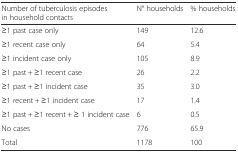
<table><thead><tr><td><b>Number of tuberculosis episodes in household contacts</b></td><td><b>N° households</b></td><td><b>% households</b></td></tr></thead><tbody><tr><td>≥1 past case only</td><td>149</td><td>12.6</td></tr><tr><td>≥1 recent case only</td><td>64</td><td>5.4</td></tr><tr><td>≥1 incident case only</td><td>105</td><td>8.9</td></tr><tr><td>≥1 past + ≥1 recent case</td><td>26</td><td>2.2</td></tr><tr><td>≥1 past + ≥1 incident case</td><td>35</td><td>3.0</td></tr><tr><td>≥1 recent + ≥1 incident case</td><td>17</td><td>1.4</td></tr><tr><td>≥1 past + ≥1 recent + ≥ 1 incident case</td><td>6</td><td>0.5</td></tr><tr><td>No cases</td><td>776</td><td>65.9</td></tr><tr><td>Total</td><td>1178</td><td>100</td></tr></tbody></table>